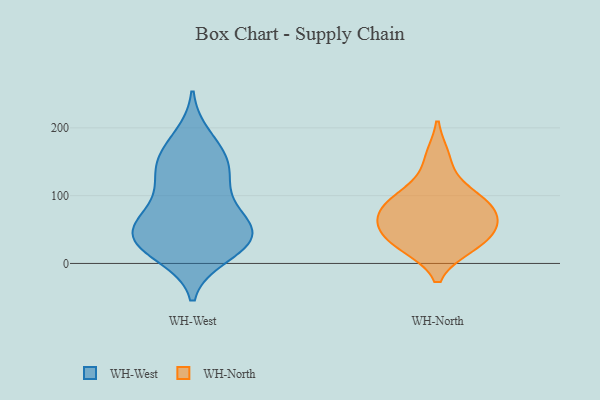
{"axis": {"x": "Satisfaction Score", "y": "Value"}, "legend": ["WH-North", "WH-West"], "data": [{"x": "", "y": 51, "type": "WH-West"}, {"x": "", "y": 39, "type": "WH-West"}, {"x": "", "y": 139, "type": "WH-West"}, {"x": "", "y": 43, "type": "WH-West"}, {"x": "", "y": 27, "type": "WH-West"}, {"x": "", "y": 186, "type": "WH-West"}, {"x": "", "y": 96, "type": "WH-West"}, {"x": "", "y": 52, "type": "WH-West"}, {"x": "", "y": 68, "type": "WH-West"}, {"x": "", "y": 13, "type": "WH-West"}, {"x": "", "y": 121, "type": "WH-West"}, {"x": "", "y": 28, "type": "WH-West"}, {"x": "", "y": 68, "type": "WH-West"}, {"x": "", "y": 153, "type": "WH-West"}, {"x": "", "y": 24, "type": "WH-West"}, {"x": "", "y": 167, "type": "WH-West"}, {"x": "", "y": 135, "type": "WH-West"}, {"x": "", "y": 156, "type": "WH-North"}, {"x": "", "y": 26, "type": "WH-North"}, {"x": "", "y": 98, "type": "WH-North"}, {"x": "", "y": 73, "type": "WH-North"}, {"x": "", "y": 80, "type": "WH-North"}, {"x": "", "y": 40, "type": "WH-North"}, {"x": "", "y": 51, "type": "WH-North"}, {"x": "", "y": 67, "type": "WH-North"}, {"x": "", "y": 27, "type": "WH-North"}, {"x": "", "y": 102, "type": "WH-North"}]}